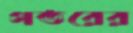
গতরের